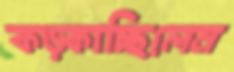
কড়্‌কাচ্ছিলেন